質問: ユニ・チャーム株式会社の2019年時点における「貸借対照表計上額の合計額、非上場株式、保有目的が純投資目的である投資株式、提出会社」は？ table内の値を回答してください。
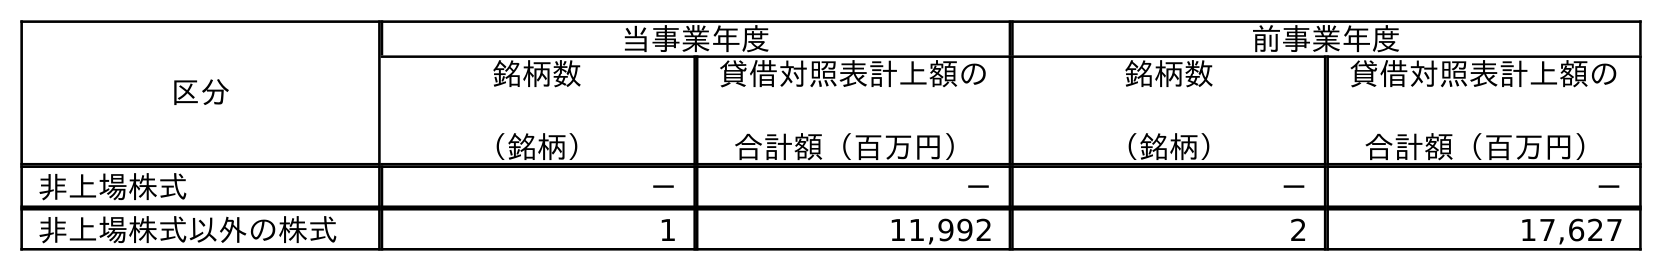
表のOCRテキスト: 区分 当事業年度 前事業年度 銘柄数 （銘柄） 貸借対照表計上額の 合計額（百万円） 銘柄数 （銘柄） 貸借対照表計上額の 合計額（百万円） 非上場株式 － － － － 非上場株式以外の株式 1 11,992 2 17,627
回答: －